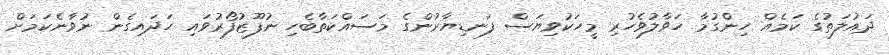
ދައުލަތުގެ ކަމެއް ހިންގުމާ ހަވާލުވެހުރި މީހަކުވިޔަސް ފަނޑިޔާރުންގެ މަސައްކަތާބެހި ނުފޫޒުފޯރުވައި ހަދައިގެން ނުވާނެކަމަށް